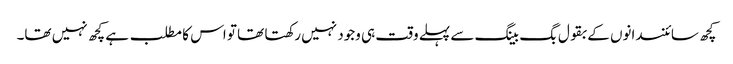
کچھ سائنسدانوں کے بقول بگ بینگ سے پہلے وقت ہی وجود نہیں رکھتا تھا تو اس کا مطلب ہے کچھ نہیں تھا۔